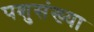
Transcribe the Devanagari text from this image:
पशुसंख्या